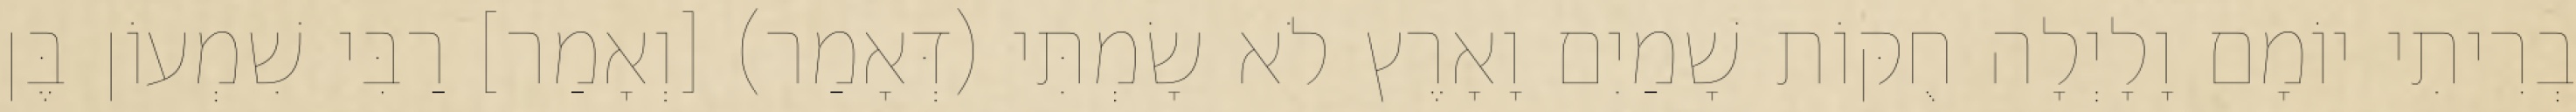
בְרִיתִי יוֹמָם וָלָיְלָה חֻקּוֹת שָׁמַיִם וָאָרֶץ לֹא שָׂמְתִּי (דְּאָמַר) [וְאָמַר] רַבִּי שִׁמְעוֹן בֶּן